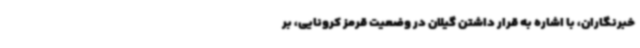
خبرنگاران، با اشاره به قرار داشتن گیلان در وضعیت قرمز کرونایی، بر